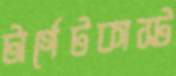
টার্গেটকাস্ট